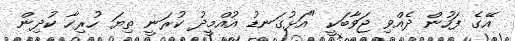
އޭގެ ފަހުން ދެއްވި ޖަވާބަކީ "އަޅުގަނޑު އުއްމީދު ކުރަނީ ތިޔަ ހުރިހާ ކުދިން